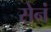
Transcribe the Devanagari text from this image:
सेनं